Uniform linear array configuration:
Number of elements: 8
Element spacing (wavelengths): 1
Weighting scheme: cosine
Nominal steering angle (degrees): -45
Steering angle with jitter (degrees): -45.615
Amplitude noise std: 0.05
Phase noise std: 0.05

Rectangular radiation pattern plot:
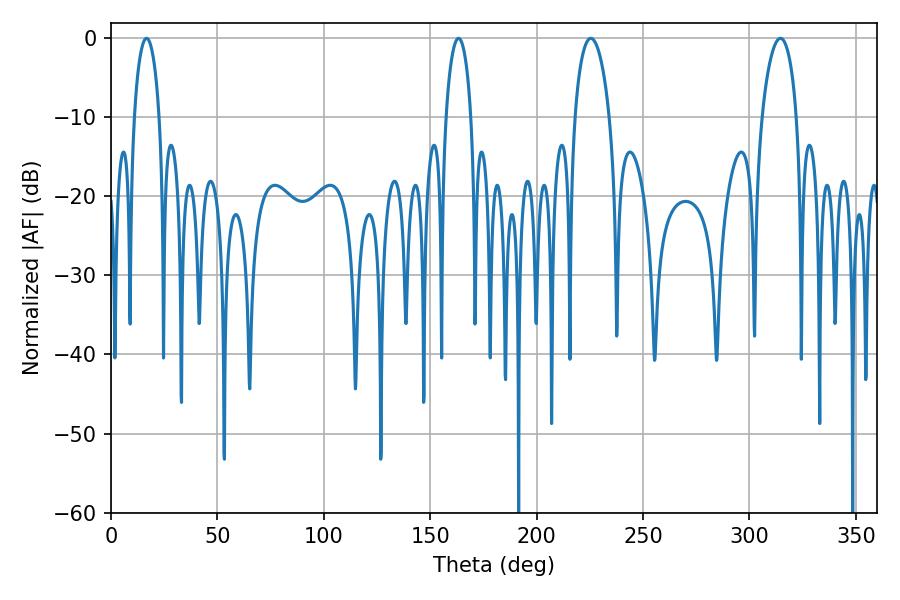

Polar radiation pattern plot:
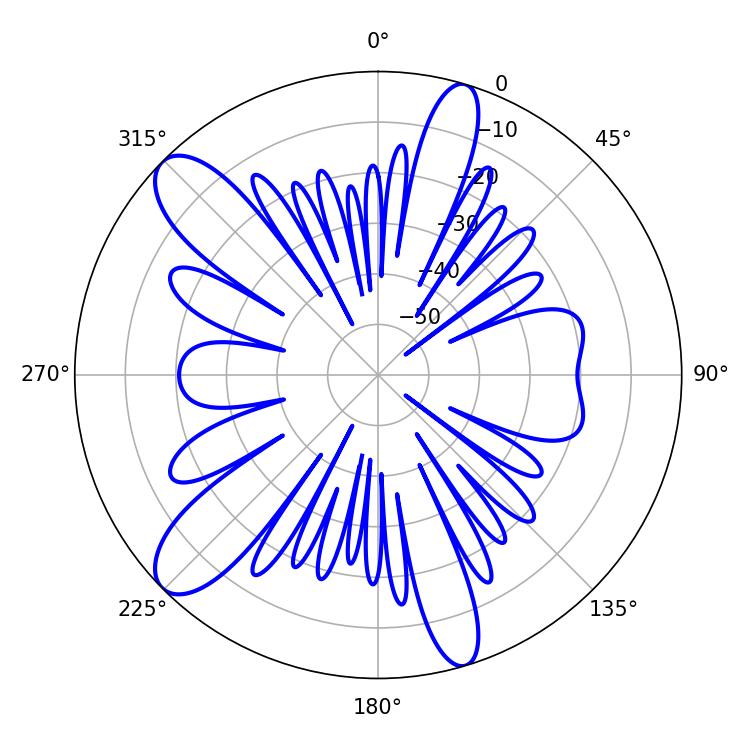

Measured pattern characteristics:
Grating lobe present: TRUE
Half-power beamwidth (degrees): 6.84
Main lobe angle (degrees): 16.74